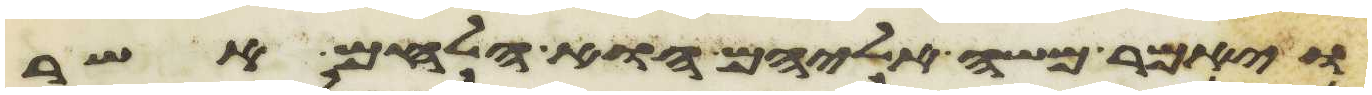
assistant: ויאמר משה אליהם הוא הלחם אשר